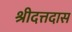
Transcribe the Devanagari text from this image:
श्रीदत्तदास